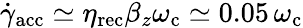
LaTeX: \dot{\gamma}_{\mathrm{acc}}\simeq\eta_{\mathrm{rec}}\beta_{z}\omega_{\mathrm{c}}\simeq 0.05\, \omega_{\mathrm{c}}